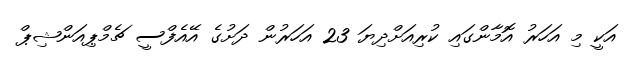
އަކީ މި އަހަރު އޮމާންގައި ކުރިއަށްދިޔަ 23 އަހަރުން ދަށުގެ އޭއެފްސީ ޗެމްޕިއަންޝިޕް